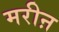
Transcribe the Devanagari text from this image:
मरीऩ